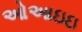
ઓઆઇઇ